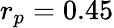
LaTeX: r_{p}=0.45